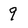
Character: 9